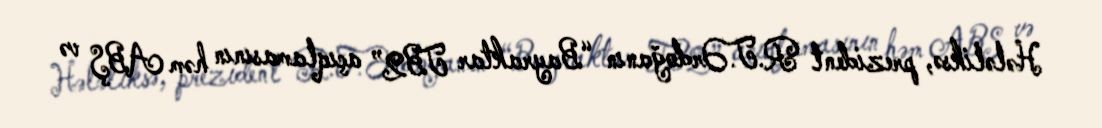
Hələliksə, prezident R.T.Ərdoğanın “Bayraktar TB2” açıqlamasının həm ABŞ və